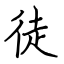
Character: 徒